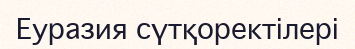
Еуразия сүтқоректілері